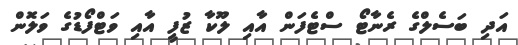
އަދި ބަސެލްގެ ރެނާޓޯ ސްޓެފަން އާއި ލޫކާ ޒުފީ އާއި ވަޓްފޯޑުގެ ވަލޮން